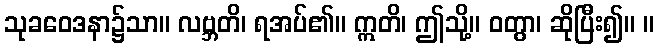
သုခဝေဒနာ၌သာ။ လဗ္ဘတိ၊ ရအပ်၏။ ဣတိ၊ ဤသို့။ ဝတွာ၊ ဆိုပြီး၍။ ။